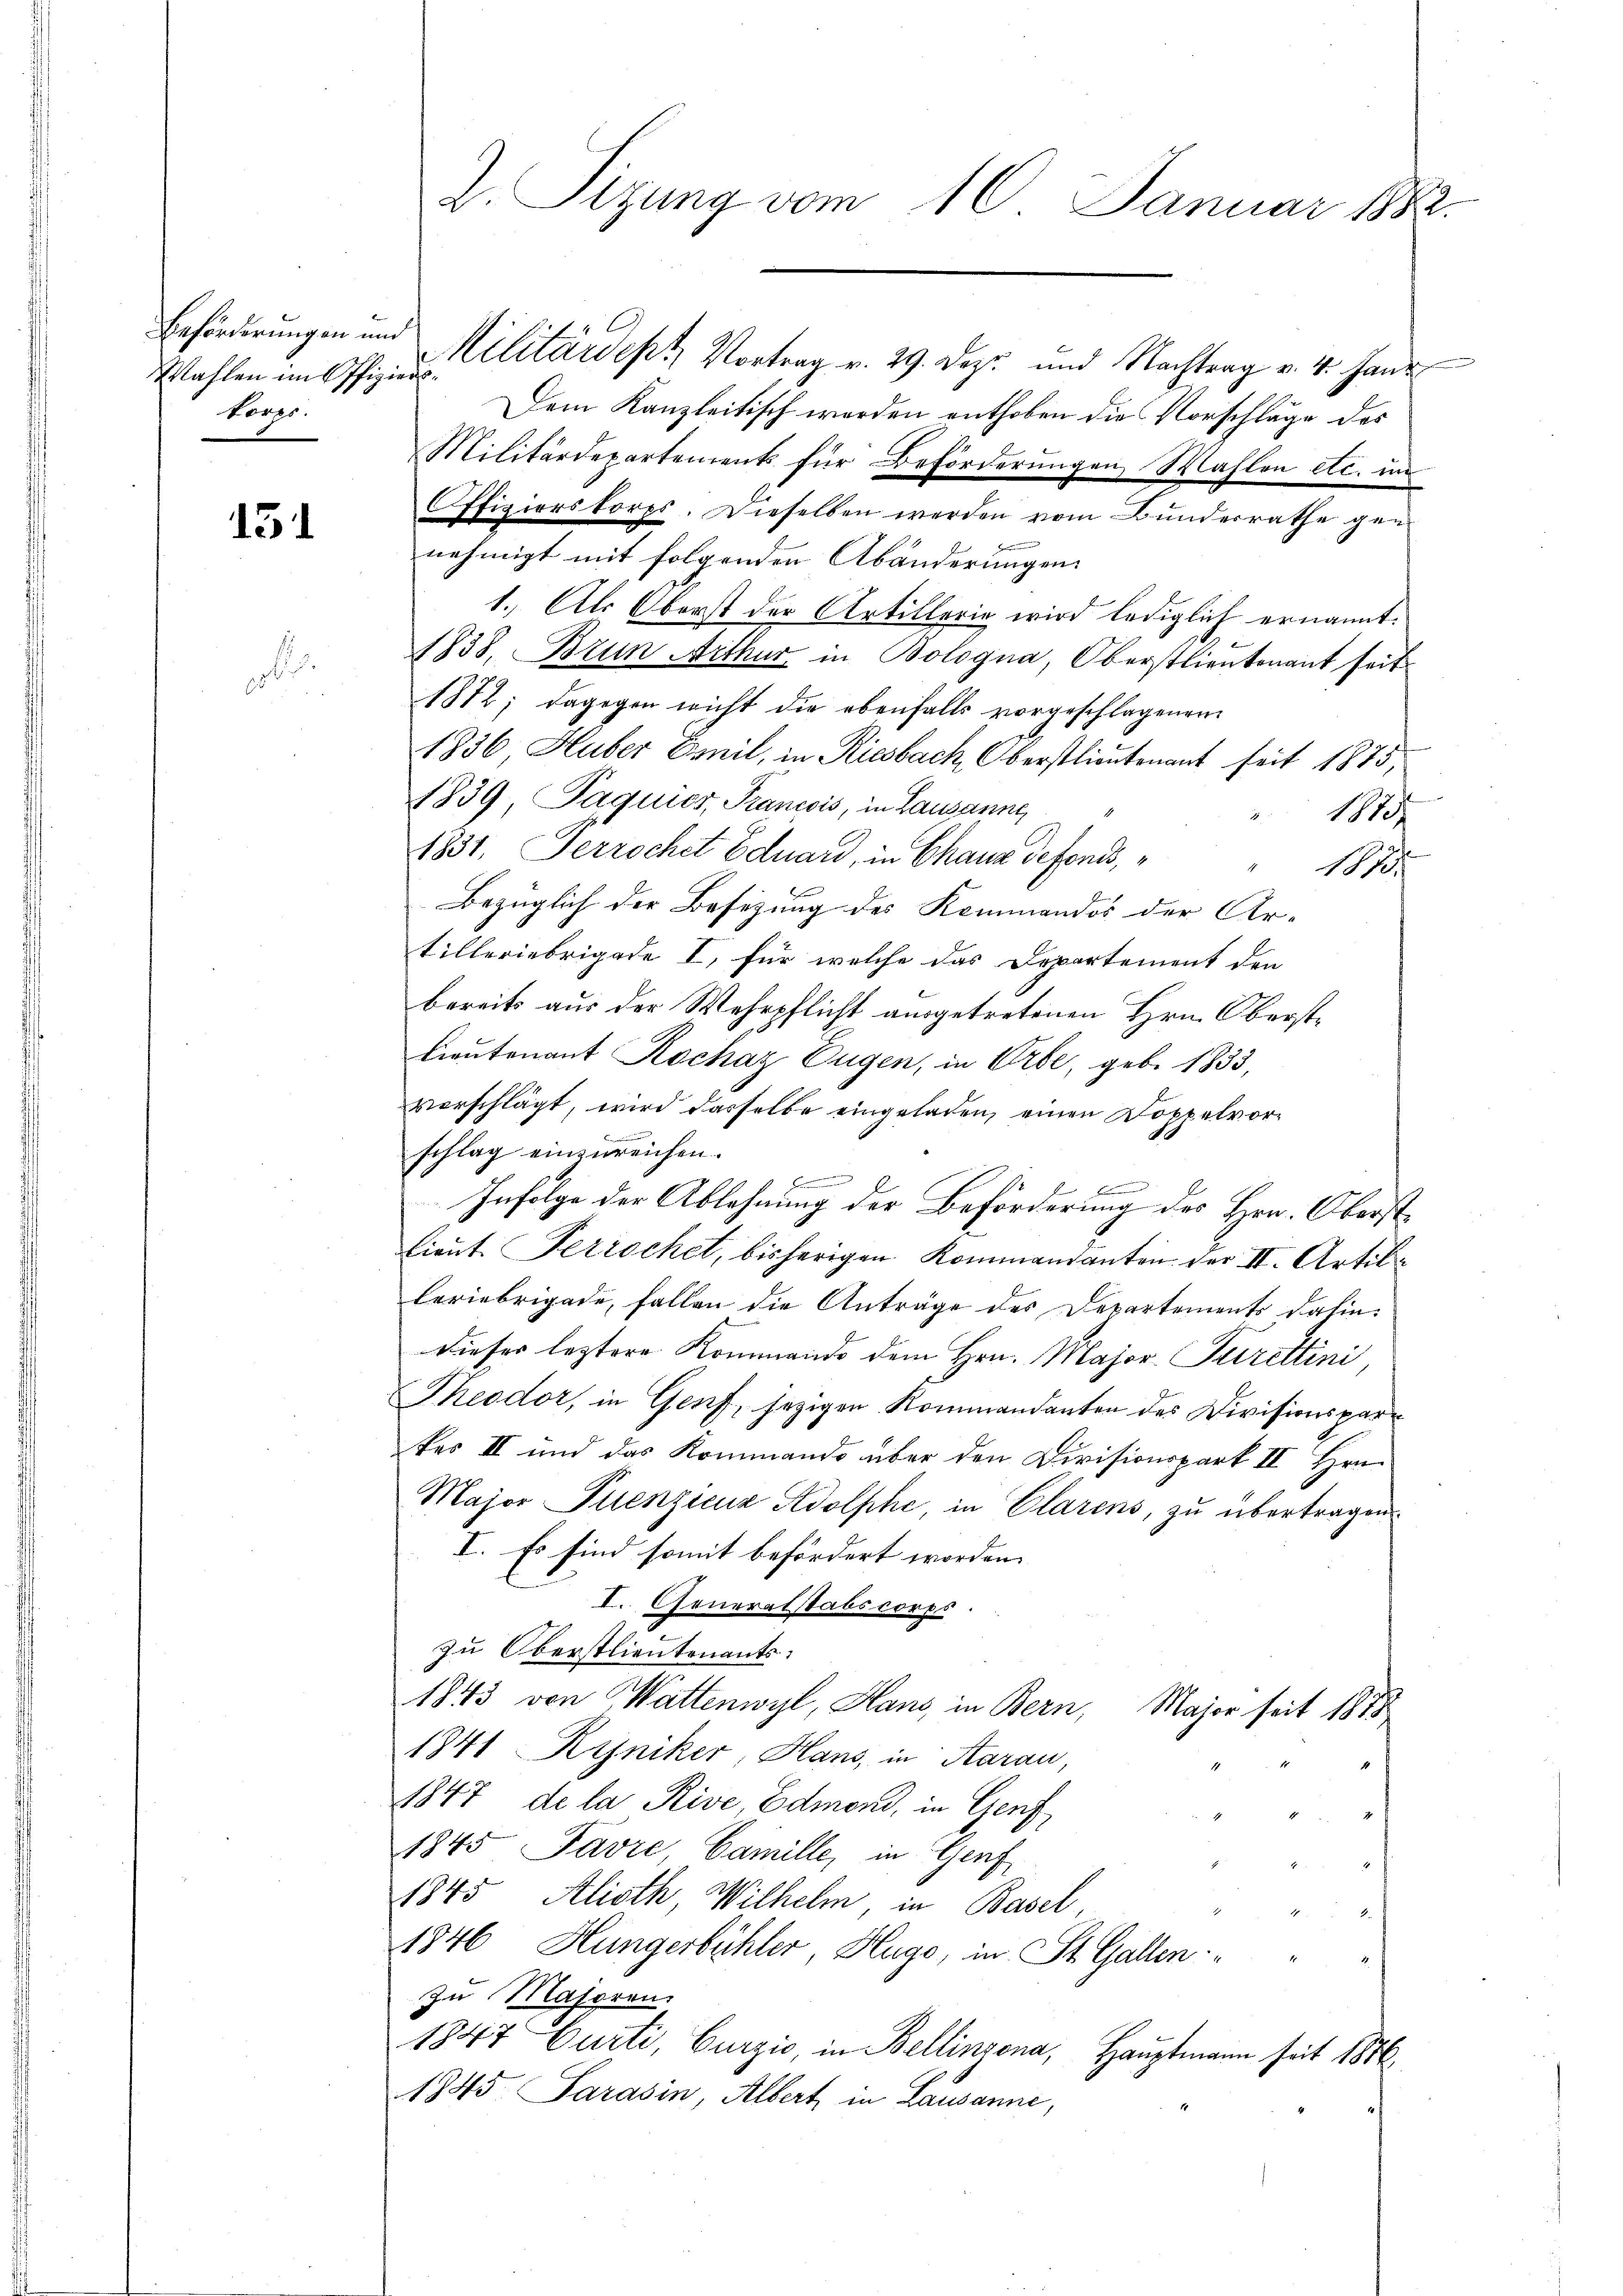
Wahlen im Offiziers
tores.

151

ob

2. Sizung vom 16. Januar 1882.

Beförderungen und Militärdept, Vortrag v. 29. Dez und Nachtrag v. 4. Haus
Dem Kanzleitisch werden enthoben die Vorschläge des
Militärdepartenrents für Beförderungen Wahlen etc. im
Offizierskorps. Dieselben werden vom Bunderrathe gen
nehmigt mit folgenden Abänderungen.
1. Als Oberst der Artillerie wird lediglich ernannt.
1838, Brun Aithur in Bologna, Oberstlieutenant seit
1872; dagegen nicht die ebenfalls vorgeschlagenen
1836, Huber Emil, in Riesbach, Oberstlieutenant seit 1875,
1839 Paquies, Francois, in Lausanne,
182
1831, Terrochet Eduard, in Chaux defonds,
12
Bezüglich der Besizung des Kommandos der Ar-
tilleriebrigade I, für welche das Departement den
bereits aus der Wehrpflicht ausgetretenen Hrn. Oberste
Lieutenant Kochaz Eugen, in Orte, geb. 1833,
vorschlägt, wird dasselbe eingeladen, einen Doppelvorschlag einzureichen.
 Hammen
.
Infolge der Ablehnung der Beförderung des Hrn. Oberst¬
Lieut. Ferrochet, bisherigen Kommandanten der II. Artilleriebrigade, fallen die Anträge des Departements dahin:
dieser leztere Kommando dem Hrn. Major Jurettini
Theodor, in Genf, jezigen Kommandanten des Divisionsparkes III und das Kommando über den Divisionspark II Hrn.
Major Puenzicuz Adolphe, in Clarens, zu übertragen.
I. Es sind somit befördert worden.
I. Generalstabscorps.
zu Oberstlieutenants:
1843 von Wattenwyl, Haus, in Bern, Major seit 1875
1841 Ryniker, Hans, in Aarau,
1847 de la Rive, Edmond, in Genf
1845 Favre, Camille, in Genf
1845 Alioth, Wilhelm, in Basel,
1846 Hungerbühler, Hugo, in St. Gallen. " "
zu Masoren.
1847 Curti, Gurzić, in Bellinzona, Hauptmann seit 1876,
1845 Sarasin, Albert in Lausanne,